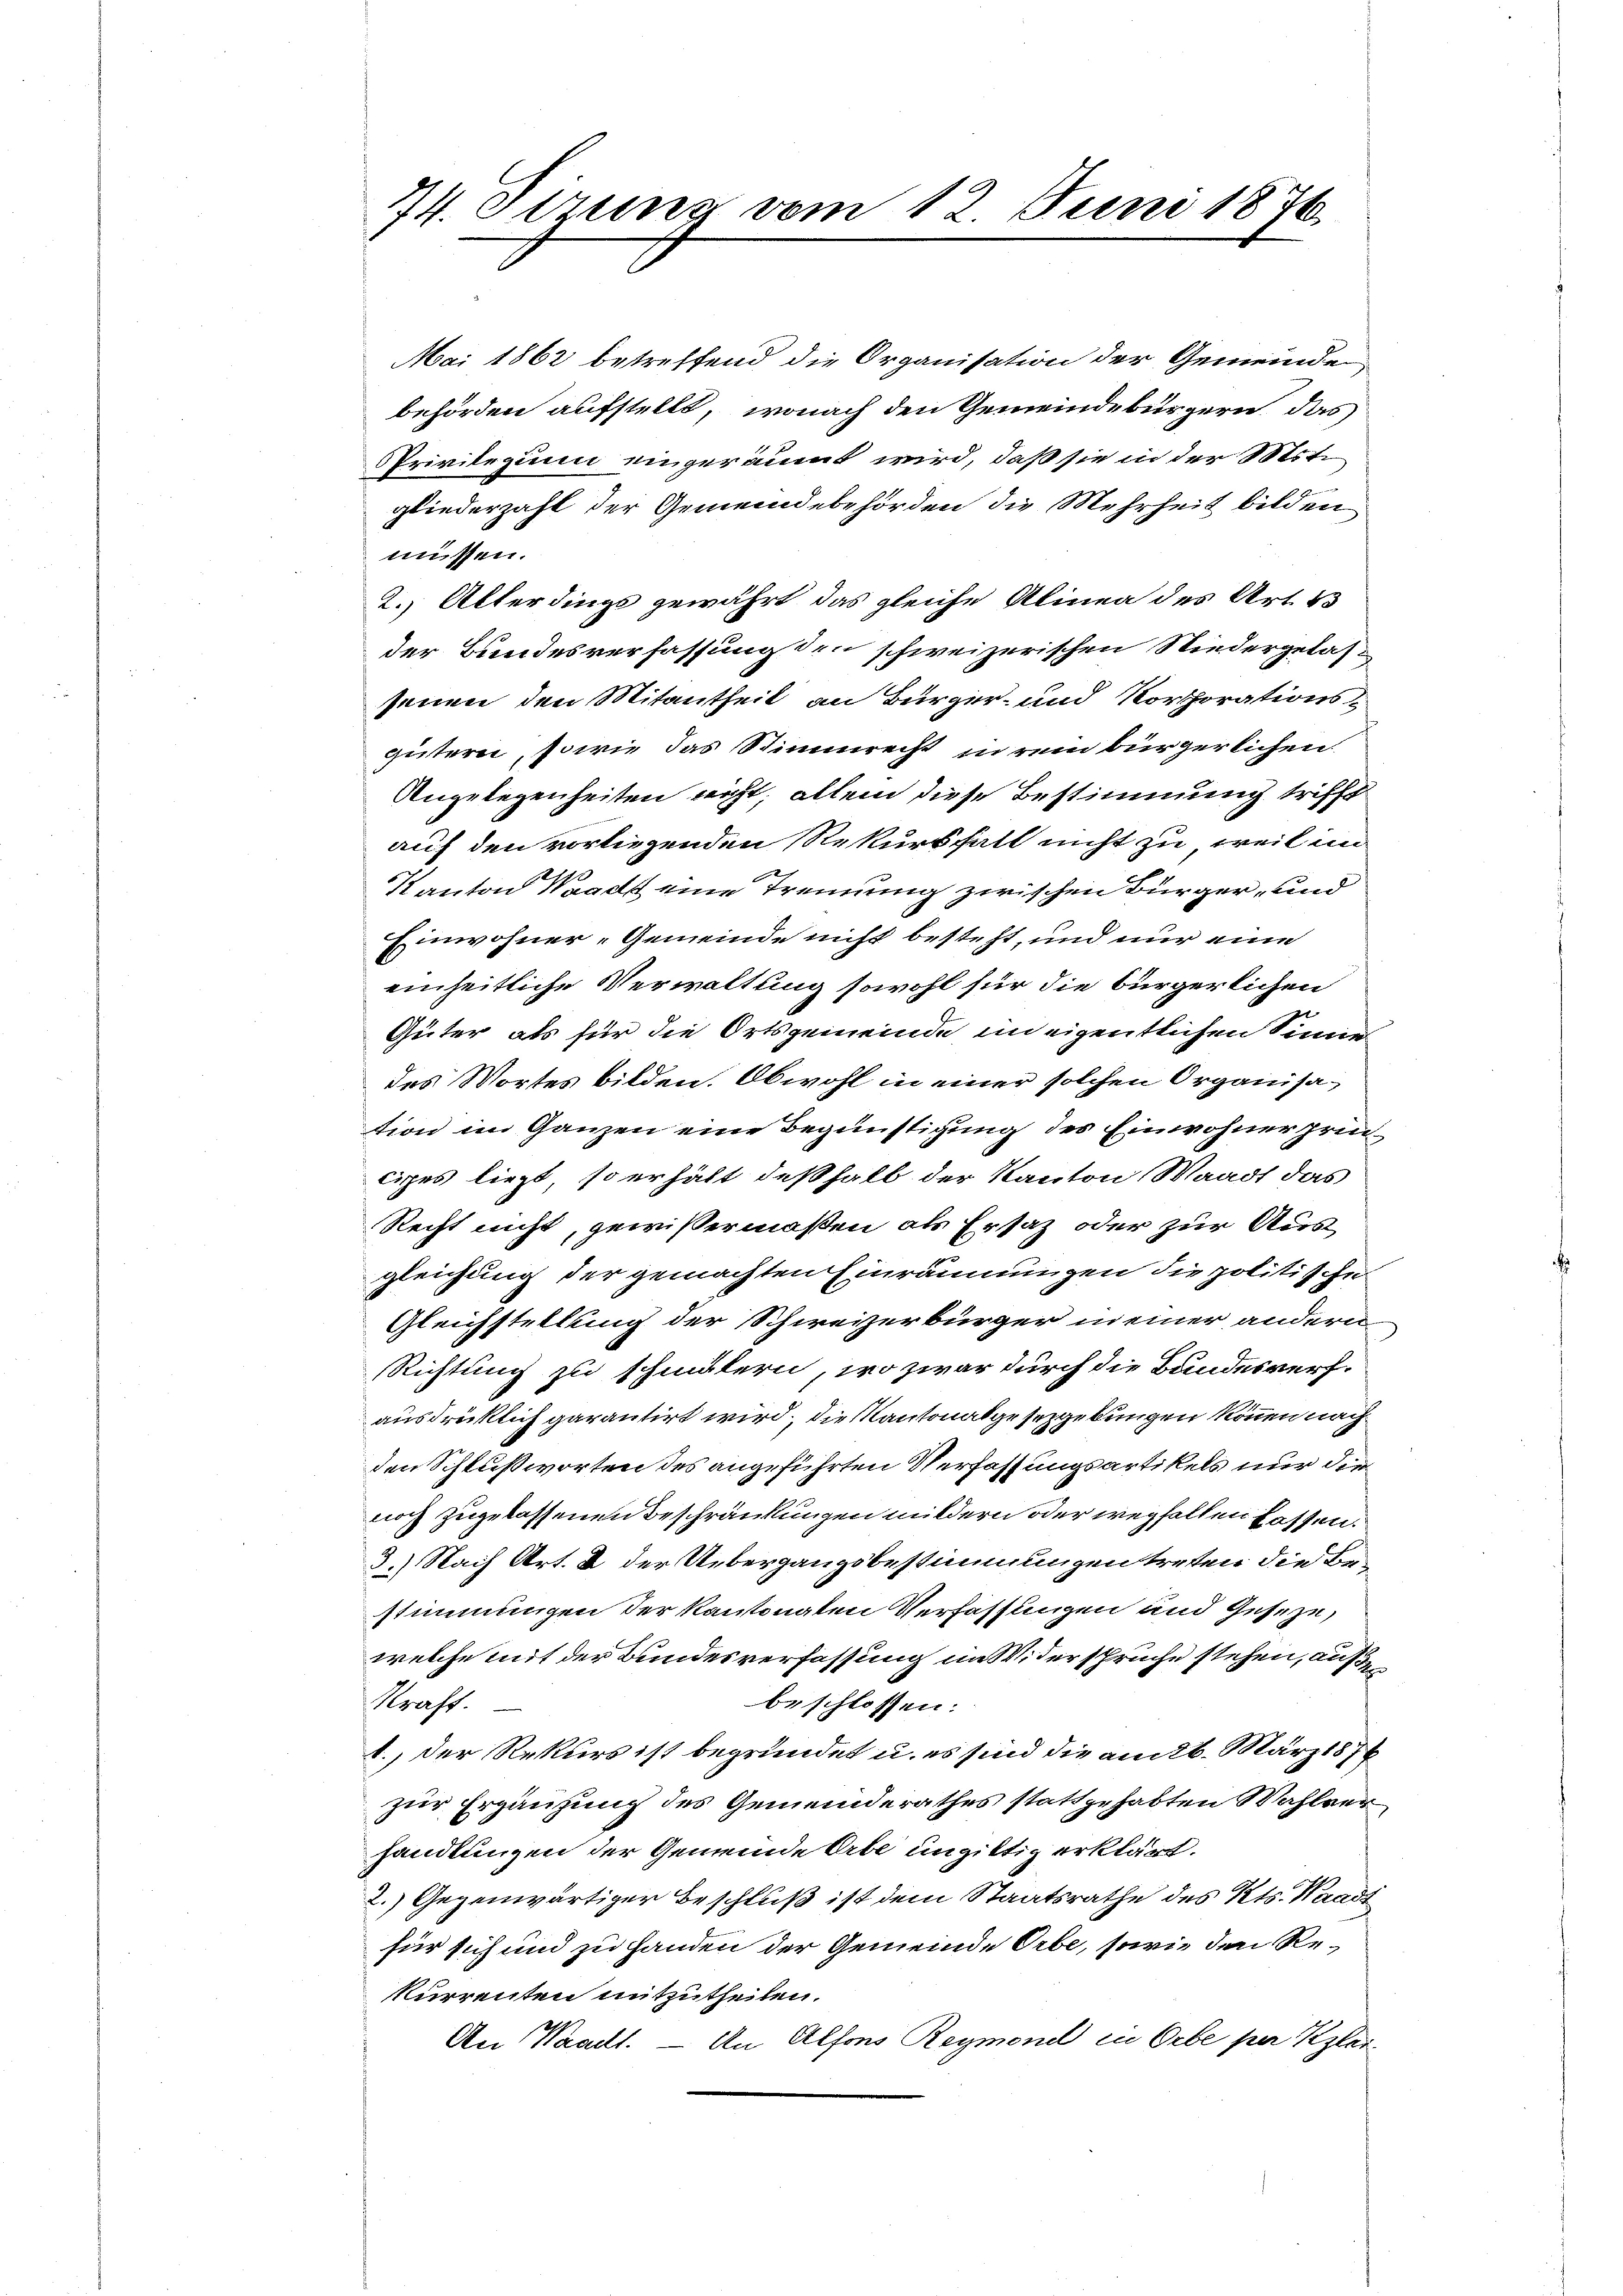
74. Sitzung vom 12. Juni 1876.

Mai 1862 betreffend die Organisation der Gemeinde
behörden aufstellt, wonach den Gemeindebürgern, das
Privilegium eingeräumt wird, daß sie in der Mit
gliederzahl der Gemeindebehörden die Mehrheit bilden
müssen.
2. Alterdings gewährt das gleiche Alinea des Art. 13
der Bundesverfassung den schweizerischen Niedergelas-
senen den Mitantheil an Bürger- und Korporations-
gütern, sowie das Stimmrecht in rein bürgerlichen
Angelegenheiten nicht, allein diese Bestimmung trifft
auf den vorliegenden Rekursfalt nicht zu, weil im
Kanton Waadt eine Trennung zwischen Bürger, und
Einwohner-Gemeinde nicht besteht, und nur eine
einheitliche Verwaltung sowohl für die bürgerlichen
Güter als für die Ortsgemeinde in eigentlichen Simie
des Wortes bilden. Obwohl in einer solchen Organisation im Ganzen eine Begünstigung des Einwohnerprincipes liegt, so erhält deßhalb der Kanton Waadt das
Recht nicht, gewissermaßen als Ersatz oder zur Ausgleichung der gemachten Einräumungen die politische
Gleichstellung der Schweizerbürger in einer andern
Richtung zu schmälern, wo zwar durch die Bundesverf.
ausdrücklich garantirt wird, die Kantonalgesetzgebungen können nach
den Schlußworten des angeführten Verfassungsartikels nur die
noch zugelassenen Beschränkungen mildern oder wegfalten fassen.
3.) Nach Art. 2 der Uebergangsbestimmungen treten die Bestimmungen der kantonaten Verfassungen und Geseze,
welche mit der Bundesverfassung im Widersprüche stehen, auße
Kraft.
beschlossen:
1. Der Rekurs ist begründet u. es sind die am 26. März 1876
zur Ergänzung des Gemeinderathes stattgehabten Wahlver
handlungen der Gemeinde Erbe ungiltig erklärt.
2.) Gegenwärtiger Beschluß ist dem Staatsrathe des Kts. Waadt
für sich und zu Handen der Gemeinde Orbe, sowie den Rekurrenten mitzutheilen.
An Waadt. — An Alfons Reymond in Orbe per Klei¬